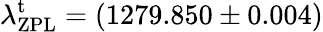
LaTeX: \lambda_{\mathrm{ZPL}}^{\mathrm{t}}=(1279.850\pm 0.004)